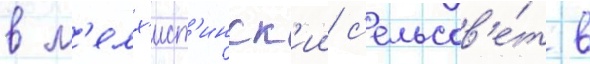
в м'елх'ист'инск'ии с'ельсов'е́т в